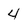
Character: 4